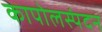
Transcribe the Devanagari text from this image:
कापोलस्पंदन